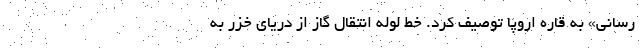
رسانی» به قاره اروپا توصیف کرد. خط لوله انتقال گاز از دریای خزر به